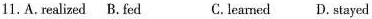
11.A. realized B. fed C. learned D. stayed